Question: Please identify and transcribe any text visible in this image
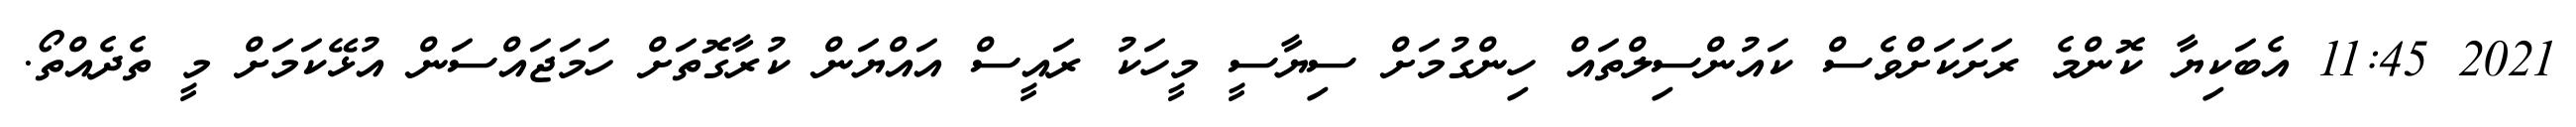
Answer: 2021 11:45 އެބަކިޔާ ކޮންމެ ރަށަކަށްވެސް ކައުންސިލްތައް ހިންގުމަށް ސިޔާސީ މީހަކު ރައީސް އައްޔަން ކުރާގޮތަށް ހަމަޖައްސަން އުޅޭކަމަށް މީ ތެދެއްތޯ.